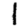
Digit: 1